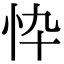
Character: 忰